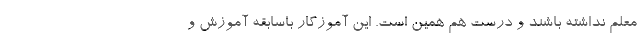
معلم نداشته باشند و درست هم همین است. این آموزگار باسابقه آموزش و